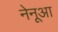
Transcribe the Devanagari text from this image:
नेनूआ